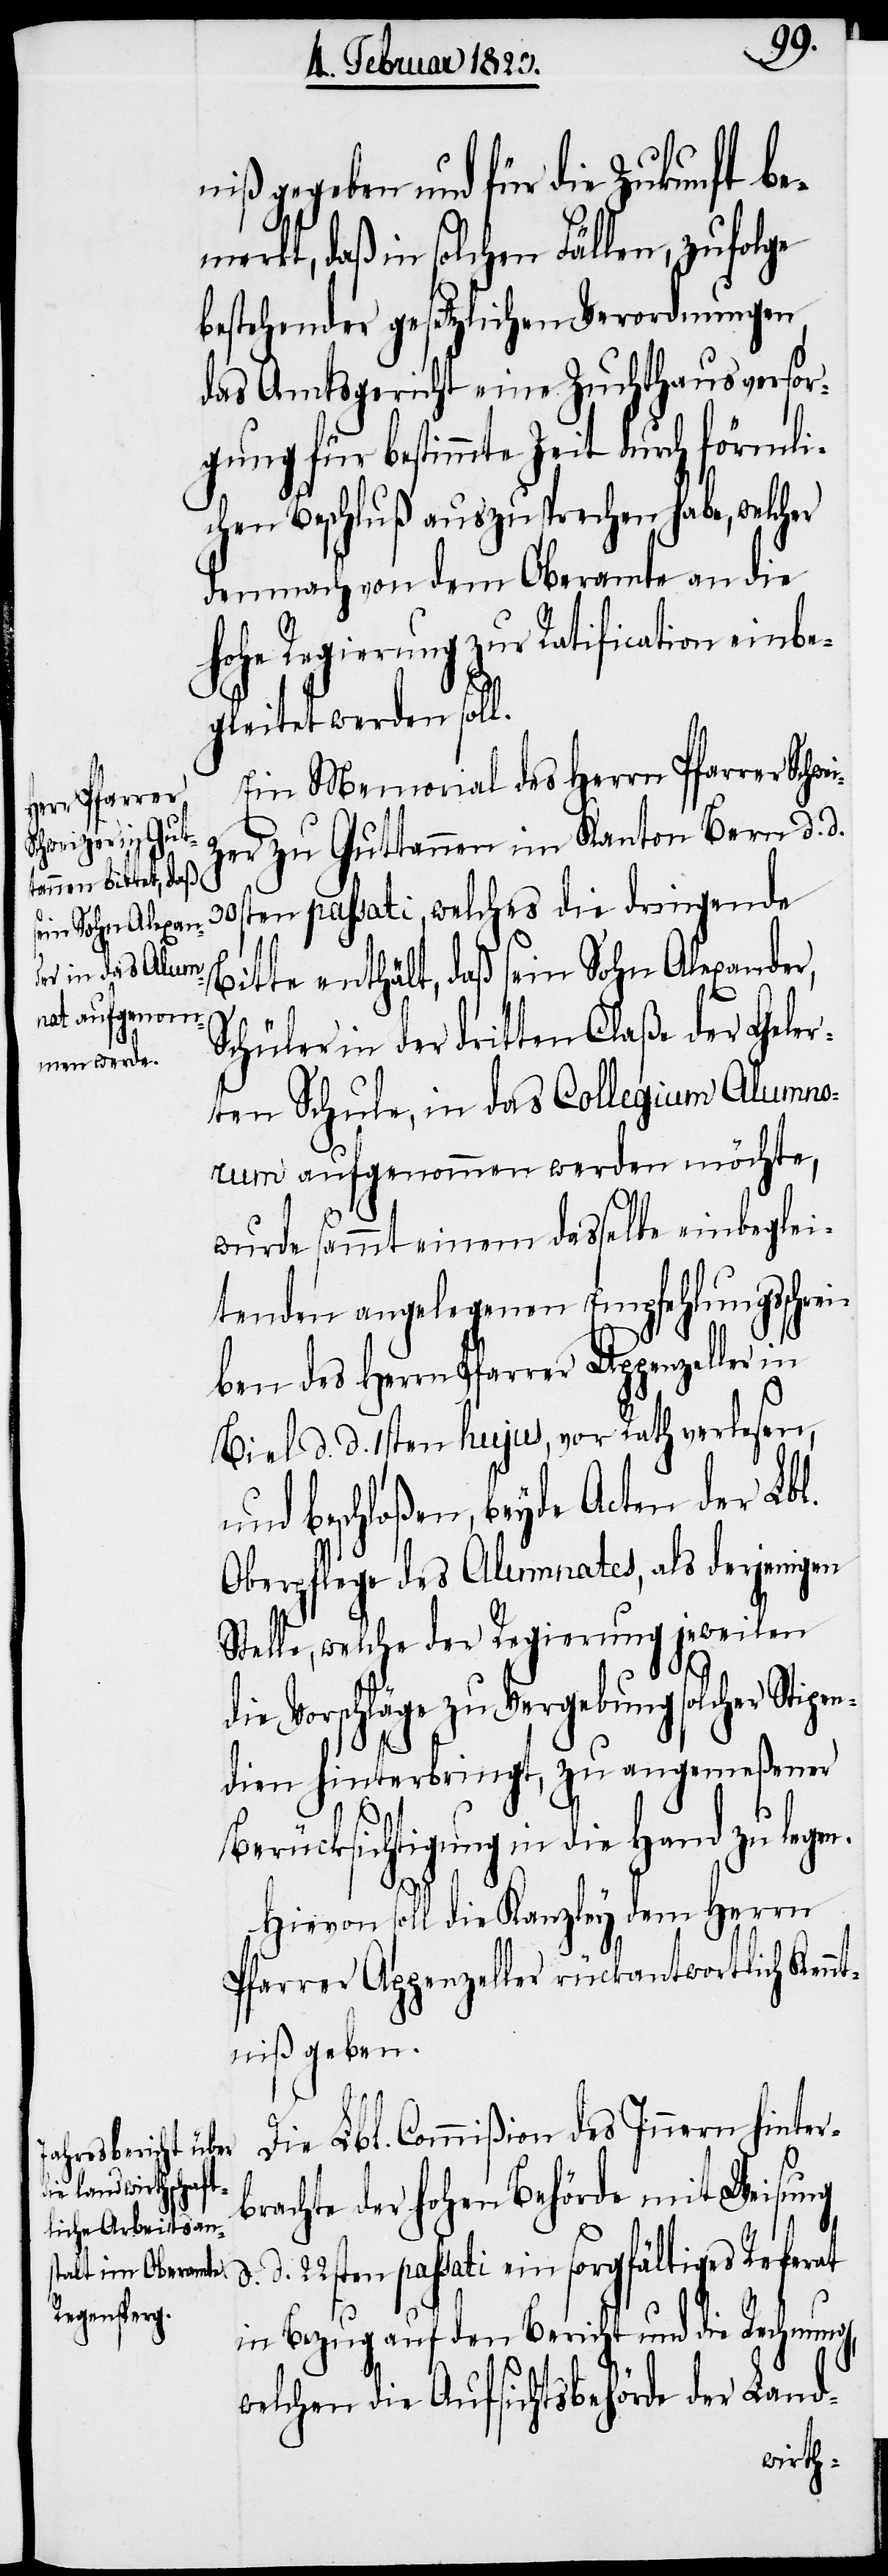
30s¬
niß gegeben und für die Zukunft be¬
merkt, daß in solchen Fällen, zufolge
bestehender gesetzlichen Verordnungen,
das Amtsgericht eine Zuchthausversor¬
gung für bestimmte Zeit durch förmli¬
chen Beschluß auszusprechen habe, welcher
demnach von dem Oberamte an die
hohe Regierung zur Ratification einbe¬
gleitet werden soll.
Ein Memorial des Herrn Pfarrer Sch¬
er zu Guttannen im Kanton Bern d. d.
ten passati, welches die dringende
Bitte enthält, daß sein Sohn Alexander,
d.
Schüler in der dritten Claße der Geler¬
ten Schule, in das Collegium Alumnor¬
um aufgenommen werden möchte,
wurde sammt einem dasselbe einbeglei¬
tenden angelegenen Empfehlungsschre¬
iben des Herrn Pfarrer Appenzeller in
Biel d. d. 1sten hujus, vor Rath verlesen,
und beschloßen, beyde Acten der Lbl.
Oberpflege des Alumnates, als derjenigen
Stelle, welche der Regierung jeweilen
die Vorschläge zu Vergebung solcher Stipen¬
dien hinterbringt, zu angemeßener
Berücksichtigung in die Hand zu lege¬
Hievon soll die Kanzley dem Herrn
Pfarrer Appenzeller rückantwortlich Kenn¬
tniß geben.
Die Lbl. Commißion des Innern hinter¬
brachte der hohen Behörde mit Weisung
d. 22sten passati ein sorgfältiges Referat
in Bezug auf den Bericht und die Rechnung,
welchen die Aufsichtsbehörde der Land-